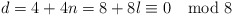
\begin{align*}d=4+4n=8+8l\equiv 0 \mod 8\end{align*}